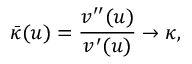
\bar { \kappa } ( u ) = \frac { v ^ { \prime \prime } ( u ) } { v ^ { \prime } ( u ) } \rightarrow \kappa ,